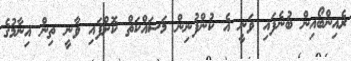
ރެއިންބޯއިން ބުނެފައި ވަނީ އެ ކުންފުނިން މަސައްކަތް ކޮށްފައި ވާނީ ތިން އިނާމުގެ